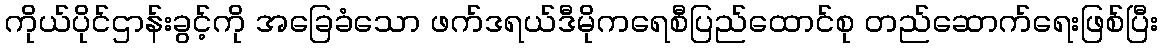
ကိုယ်ပိုင်ဌာန်းခွင့်ကို အခြေခံသော ဖက်ဒရယ်ဒီမိုကရေစီပြည်ထောင်စု တည်ဆောက်ရေးဖြစ်ပြီး